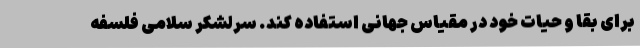
برای بقا و حیات خود در مقیاس جهانی استفاده کند. سرلشکر سلامی فلسفه